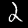
Digit: 2